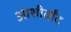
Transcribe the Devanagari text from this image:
आशीर्वांद